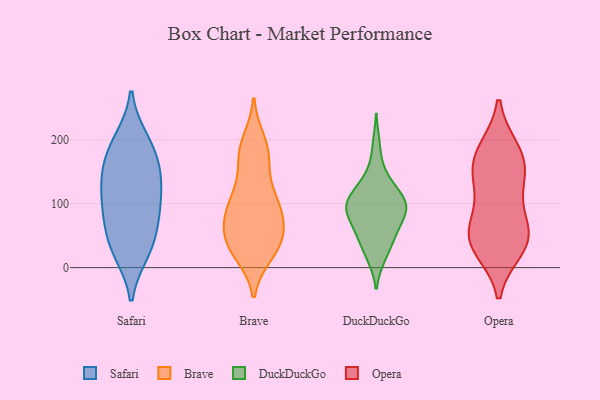
{"axis": {"x": "Website Visitors", "y": "Value"}, "legend": ["Brave", "DuckDuckGo", "Opera", "Safari"], "data": [{"x": "", "y": 71, "type": "Safari"}, {"x": "", "y": 199, "type": "Safari"}, {"x": "", "y": 113, "type": "Safari"}, {"x": "", "y": 25, "type": "Safari"}, {"x": "", "y": 40, "type": "Safari"}, {"x": "", "y": 156, "type": "Safari"}, {"x": "", "y": 28, "type": "Safari"}, {"x": "", "y": 169, "type": "Safari"}, {"x": "", "y": 88, "type": "Safari"}, {"x": "", "y": 92, "type": "Safari"}, {"x": "", "y": 144, "type": "Safari"}, {"x": "", "y": 130, "type": "Safari"}, {"x": "", "y": 195, "type": "Safari"}, {"x": "", "y": 98, "type": "Brave"}, {"x": "", "y": 63, "type": "Brave"}, {"x": "", "y": 94, "type": "Brave"}, {"x": "", "y": 30, "type": "Brave"}, {"x": "", "y": 67, "type": "Brave"}, {"x": "", "y": 106, "type": "Brave"}, {"x": "", "y": 25, "type": "Brave"}, {"x": "", "y": 177, "type": "Brave"}, {"x": "", "y": 186, "type": "Brave"}, {"x": "", "y": 113, "type": "Brave"}, {"x": "", "y": 65, "type": "Brave"}, {"x": "", "y": 22, "type": "Brave"}, {"x": "", "y": 180, "type": "Brave"}, {"x": "", "y": 39, "type": "Brave"}, {"x": "", "y": 76, "type": "Brave"}, {"x": "", "y": 46, "type": "Brave"}, {"x": "", "y": 108, "type": "Brave"}, {"x": "", "y": 155, "type": "Brave"}, {"x": "", "y": 32, "type": "Brave"}, {"x": "", "y": 197, "type": "Brave"}, {"x": "", "y": 16, "type": "DuckDuckGo"}, {"x": "", "y": 121, "type": "DuckDuckGo"}, {"x": "", "y": 77, "type": "DuckDuckGo"}, {"x": "", "y": 91, "type": "DuckDuckGo"}, {"x": "", "y": 82, "type": "DuckDuckGo"}, {"x": "", "y": 98, "type": "DuckDuckGo"}, {"x": "", "y": 137, "type": "DuckDuckGo"}, {"x": "", "y": 112, "type": "DuckDuckGo"}, {"x": "", "y": 17, "type": "DuckDuckGo"}, {"x": "", "y": 51, "type": "DuckDuckGo"}, {"x": "", "y": 149, "type": "DuckDuckGo"}, {"x": "", "y": 98, "type": "DuckDuckGo"}, {"x": "", "y": 93, "type": "DuckDuckGo"}, {"x": "", "y": 108, "type": "DuckDuckGo"}, {"x": "", "y": 192, "type": "DuckDuckGo"}, {"x": "", "y": 44, "type": "DuckDuckGo"}, {"x": "", "y": 49, "type": "DuckDuckGo"}, {"x": "", "y": 83, "type": "DuckDuckGo"}, {"x": "", "y": 56, "type": "DuckDuckGo"}, {"x": "", "y": 106, "type": "DuckDuckGo"}, {"x": "", "y": 137, "type": "Opera"}, {"x": "", "y": 184, "type": "Opera"}, {"x": "", "y": 51, "type": "Opera"}, {"x": "", "y": 156, "type": "Opera"}, {"x": "", "y": 117, "type": "Opera"}, {"x": "", "y": 30, "type": "Opera"}, {"x": "", "y": 33, "type": "Opera"}, {"x": "", "y": 160, "type": "Opera"}, {"x": "", "y": 184, "type": "Opera"}, {"x": "", "y": 47, "type": "Opera"}, {"x": "", "y": 52, "type": "Opera"}, {"x": "", "y": 73, "type": "Opera"}]}